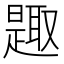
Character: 𰖰